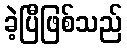
ခဲ့ပြီဖြစ်သည်